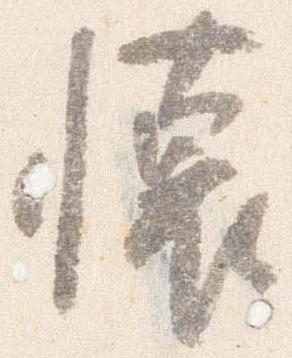
懐